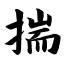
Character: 揣